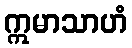
ဣမာသာဟံ